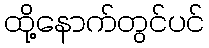
ထို့နောက်တွင်ပင်